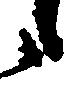
候